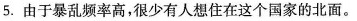
5.由于暴乱频率高，很少有人想住在这个国家的北面。